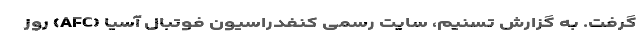
گرفت. به گزارش تسنیم، سایت رسمی کنفدراسیون فوتبال آسیا (AFC) روز